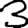
Digit: 3